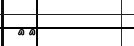
٦١